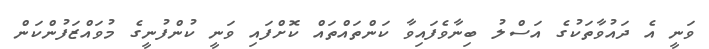
ވަނީ އެ ދައުވާތަކުގެ އަސްލު ބިނާވެފައިވާ ކަންތައްތައް ކޮށްފައި ވަނީ ކުންފުނީގެ މުވައްޒަފުންކަން